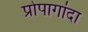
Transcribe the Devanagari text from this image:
प्रोपागांदा